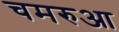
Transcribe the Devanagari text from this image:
चमरुआ